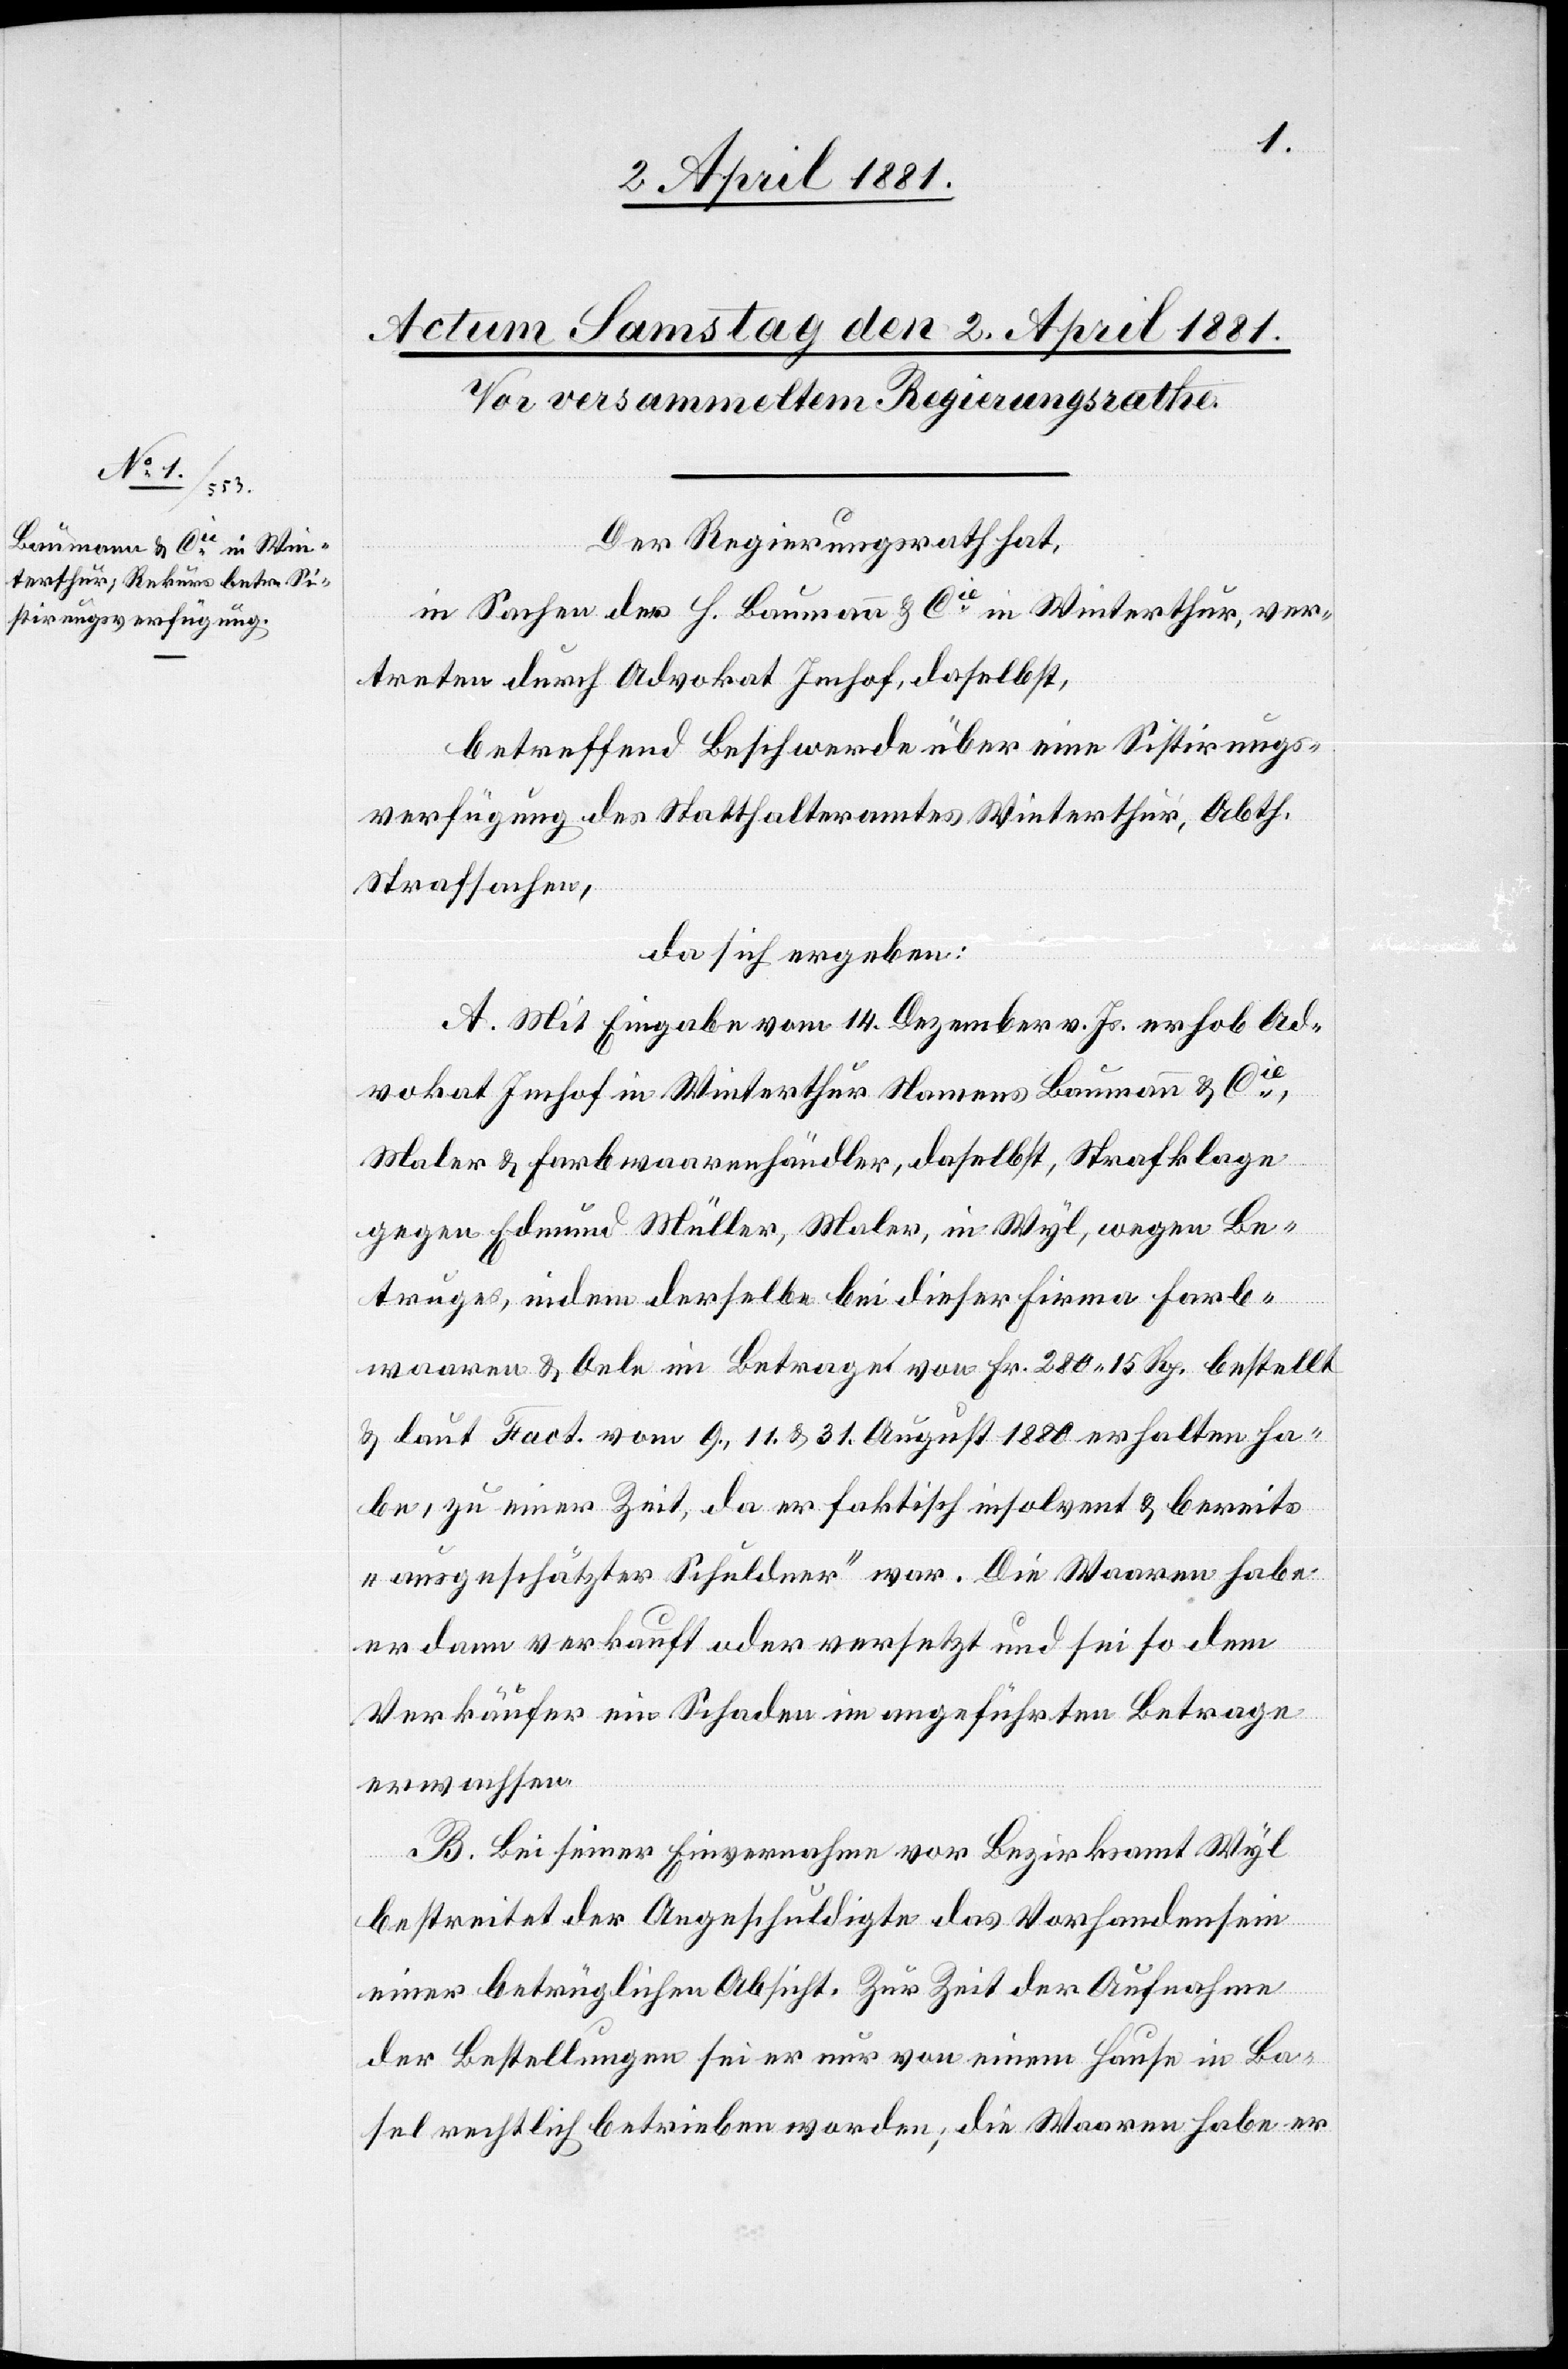
Der Regierungsrath hat,
in Sachen der H. Baumann & Cie in Winterthur, ver¬
treten durch Advokat Imhof, daselbst,
betreffend Beschwerde über eine Sistirungs¬
verfügung des Statthalteramtes Winterthur, Abth.
Strafsachen,
da sich ergeben:
A. Mit Eingabe vom 14. Dezember v. Js. erhob Ad¬
vokat Imhof in Winterthur Namens Baumann & Cie,
Maler & Farbwaarenhändler, daselbst, Strafklage
gegen Edmund Müller, Maler, in Wyl, wegen Be¬
truges, indem derselbe bei dieser Firma Farb¬
waaren & Oele im Betrage von Fr. 280 15 Rp. bestellt
& laut Fact. vom 9., 11. & 31. August 1880 erhalten ha¬
be, zu einer Zeit, da er faktisch insolvent & bereits
„ausgeschätzter Schuldner“ war. Die Waaren habe
er dann verkauft oder versetzt und sei so dem
Verkäufer ein Schaden im angeführten Betrage
erwachsen.
B. Bei seiner Einvernahme vor Bezirksamt Wyl
bestreitet der Angeschuldigte das Vorhandensein
einer betrüglichen Absicht. Zur Zeit der Aufnahme
der Bestellungen sei er nur von einem Hause in Ba¬
sel rechtlich betrieben worden; die Waaren habe er